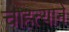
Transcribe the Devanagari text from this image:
चाहत्याने